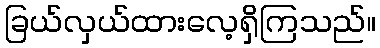
ခြယ်လှယ်ထားလေ့ရှိကြသည်။